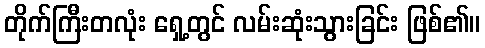
တိုက်ကြီးတလုံး ရှေ့တွင် လမ်းဆုံးသွားခြင်း ဖြစ်၏။